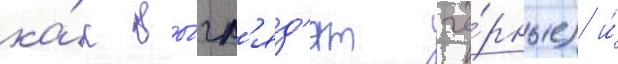
ка́к вы́гл'яд'ят чё́рные) и́